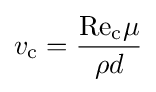
v_{\text{c}}={\frac {\mathrm {Re} _{\text{c}}\mu }{\rho d}}